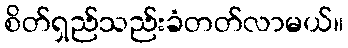
စိတ်ရှည်သည်းခံတတ်လာမယ်။